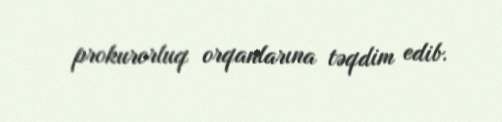
prokurorluq orqanlarına təqdim edib.